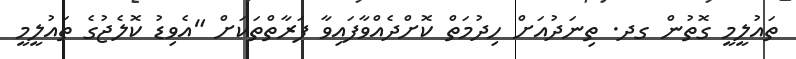
ތައުލީމީ ގޮތުން ގދ. ތިނަދުއަށް ހިދުމަތް ކޮށްދެއްވާފައިވާ ފަރާތްތަކަށް "އެވިޑު ކޮލެޖުގެ ތައުލީމީ